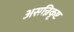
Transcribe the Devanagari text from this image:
असन्निकृष्ट